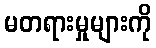
မတရားမှုများကို